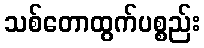
သစ်တောထွက်ပစ္စည်း